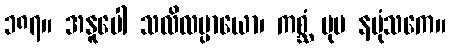
၁၈၇။ အနူပေါ သလိလပ္ပာယော၊ ကစ္ဆံ ပုမ နပုံသကေ။